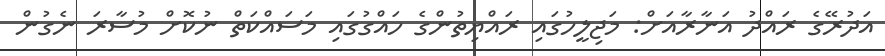
އަދުރޭގެ ރައްދު އަނާރާއަށް: މަޖިލީހުގައި ރައްޔިތުންގެ ހައްގުގައި މަސައްކަތް ނުކޮށް މުސާރަ ނެގުން